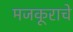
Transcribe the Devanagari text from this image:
मजकूराचे